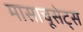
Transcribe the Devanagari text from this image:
मासाचूसेट्स